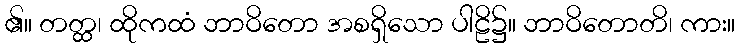
၏။ တတ္ထ၊ ထိုကထံ ဘာဝိတော အစရှိသော ပါဠိ၌။ ဘာဝိတောတိ၊ ကား။